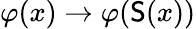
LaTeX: \varphi(x)\to\varphi(\mathsf{S}(x))